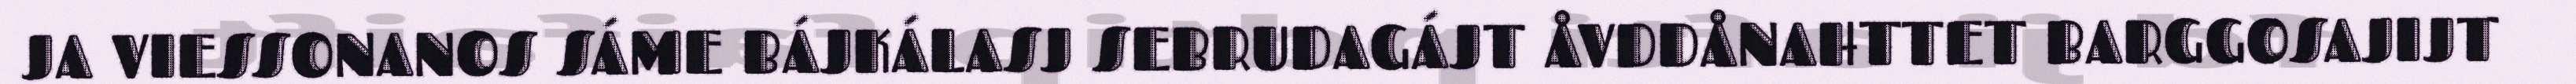
JA VIESSONANOS SÁME BÁJKÁLASJ SEBRUDAGÁJT ÅVDDÅNAHTTET BARGGOSAJIJT